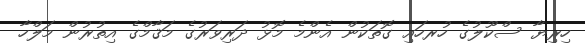
ހިރިޔާ ސްކޫލުގެ ހުރހައި ގޮތަކުން އެންމެ މޮޅު ދަރިވަރުގެ މަޤާމްގެ އިތުރުން މަލްހާ